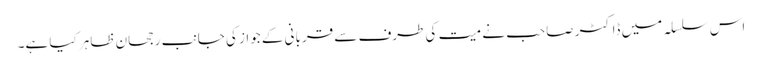
اس سلسلہ میں ڈاکٹر صاحب نے میت کی طرف سے قربانی کے جواز کی جانب رجحان ظاہر کیا ہے۔